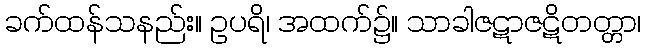
ခက်ထန်သနည်း။ ဥပရိ၊ အထက်၌။ သာခါဇဋာဇဋိတတ္တာ၊